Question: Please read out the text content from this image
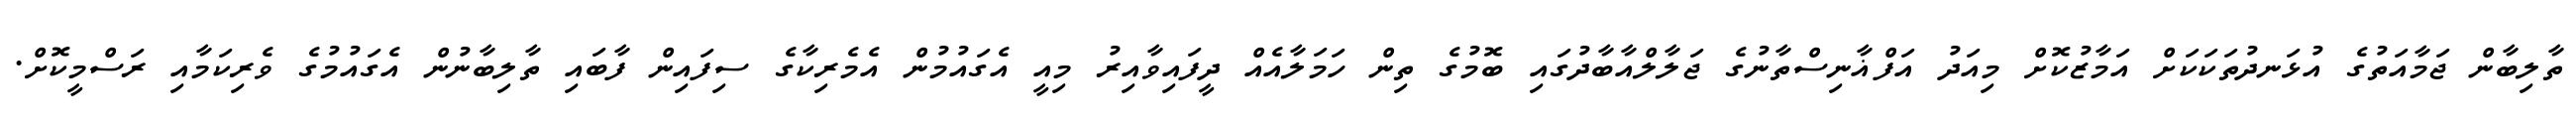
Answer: ތާލިބާން ޖަމާއަތުގެ އުޅަނދުތަކަކަށް އަމާޒުކޮށް މިއަދު އަފްޣާނިސްތާނުގެ ޖަލާލްއާބާދުގައި ބޮމުގެ ތިން ހަމަލާއެއް ދީފައިވާއިރު މިއީ އެގައުމުން އެމެރިކާގެ ސިފައިން ފާބައި ތާލިބާނުން އެގައުމުގެ ވެރިކަމާއި ރަސްމީކޮށް.